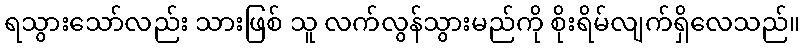
ရသွားသော်လည်း သားဖြစ် သူ လက်လွန်သွားမည်ကို စိုးရိမ်လျက်ရှိလေသည်။